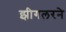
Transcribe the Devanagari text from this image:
झीगलरने